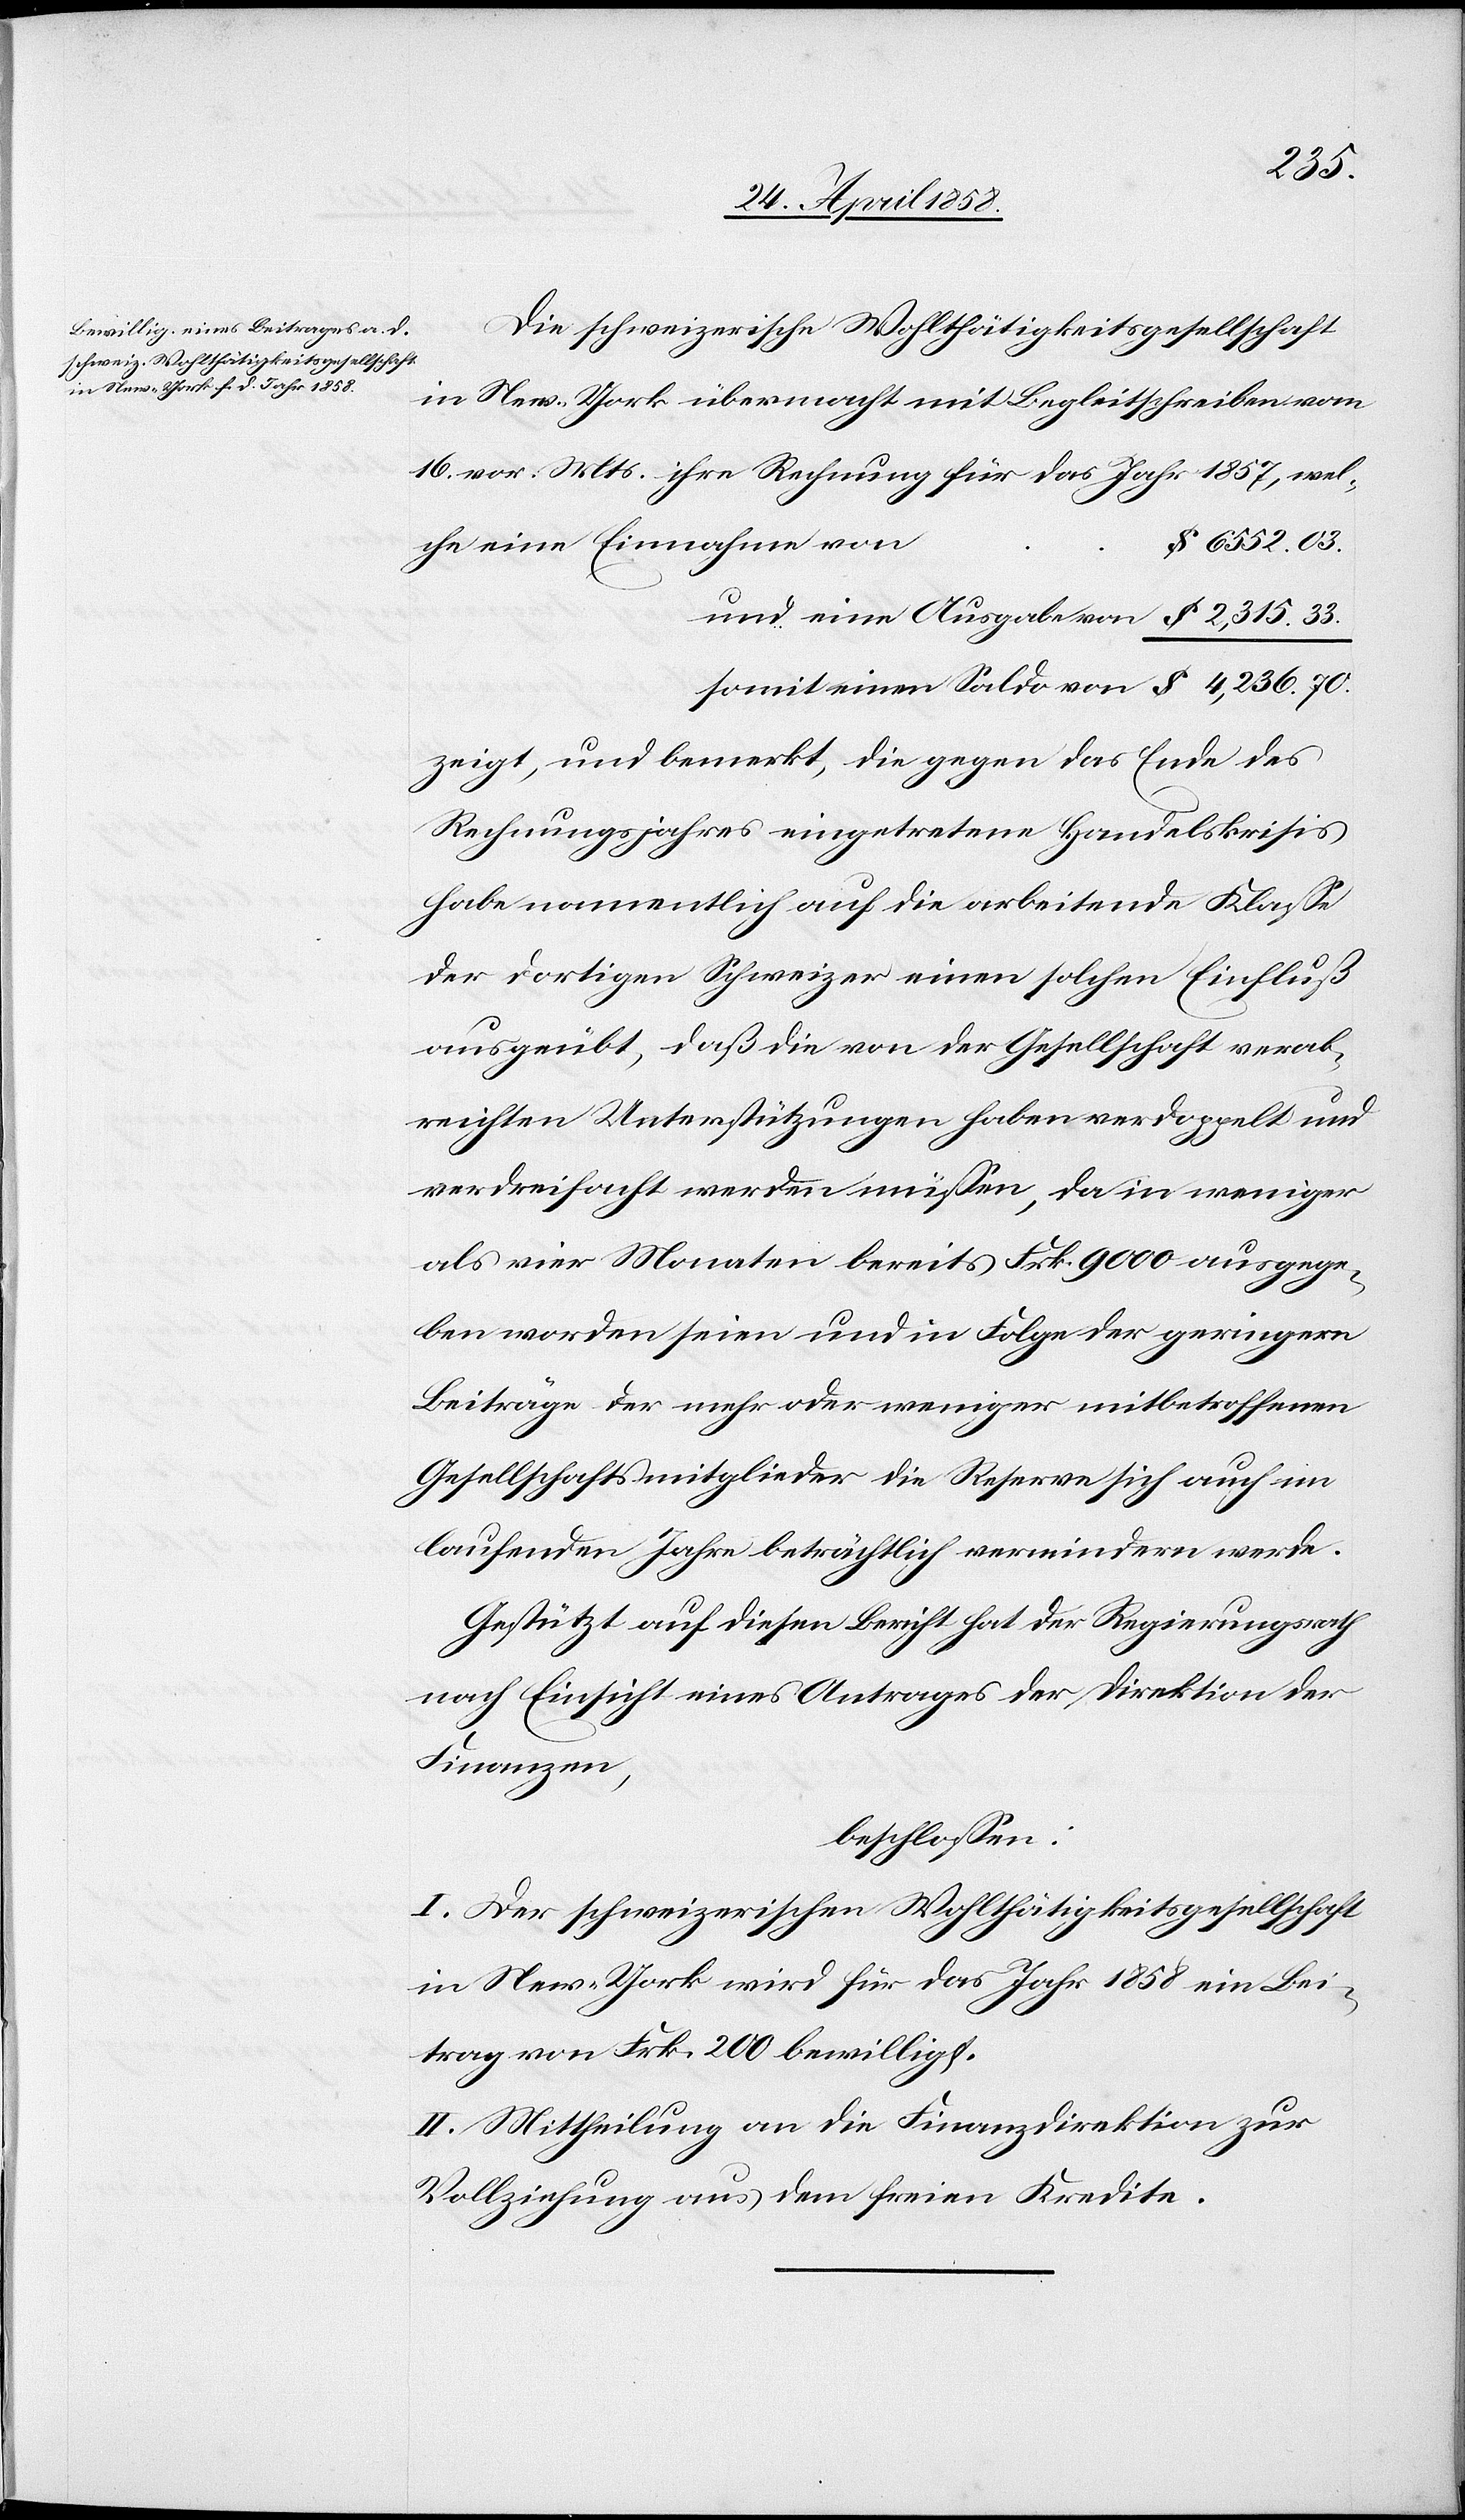
4,236.
Die schweizerische Wohlthätigkeitsgesellschaft
in New-York übermacht mit Begleitschreiben vom
16. vor. Mts. ihre Rechnung für das Jahr 1857, wel¬
che eine Einnahem von
zeigt, und bemerkt, die gegen das Ende des
Rechnungsjahres eingetretene Handelskrisis
habe namentlich auf die arbeitende Klasse
der dortigen Schweizer einen solchen Einfluß
ausgeübt, daß die von der Gesellschaft verab¬
reichten Unterstützungen haben verdoppelt und
verdreifacht werden müssen, da in weniger
als vier Monaten bereits Frk. 900 ausgege¬
ben worden seien und in Folge der geringern
Beiträge der mehr oder weniger mitbetroffenen
Gesellschaftsmitglieder die Reserve sich auch im
laufenden Jahre beträchtlich vermindern werde.
Gestützt auf diesen Bericht hat der Regierungsrath
nach Einsicht eines Antrages der Direktion der
Finanzen,
beschlossen:
I. Der schweizerischen Wohlthätigketisgesellschaft
in New-York wird für das Jahr 1858 ein Bei¬
trag von Frk. 200 bewilligt.
II. Mittheilung an die Finanzdirektion zur
Vollziehung aus dem freien Kredite.